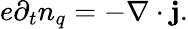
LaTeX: e\partial_{t}n_{q}=-\nabla\cdot{\mathbf j}.